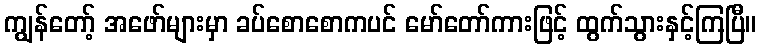
ကျွန်တော့် အဖော်များမှာ ခပ်စောစောကပင် မော်တော်ကားဖြင့် ထွက်သွားနှင့်ကြပြီ။